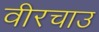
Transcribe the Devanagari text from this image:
वीरचाउ